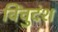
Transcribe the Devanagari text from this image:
विंचुदंश